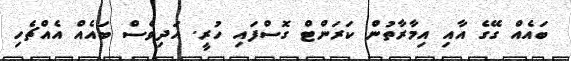
ބައެއް ގޭގެ އާއި އިމާރާތުން ކަރަންޓް ގޮސްފައި ހުރީ. އަދިވެސް ބައެއް އެއްޗެހި